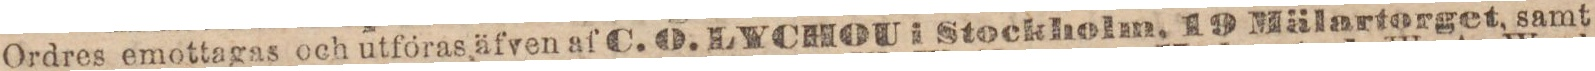
Ordres emottagas och utföras äfven af C. O. LYCHOU i Stockholm. 19 Mälartorget, samt